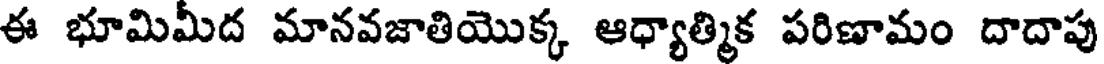
ఈ భూమిమీద మానవజాతియొక్క ఆధ్యాత్మిక పరిణామం దాదాపు